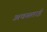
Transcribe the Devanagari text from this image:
अवसताई